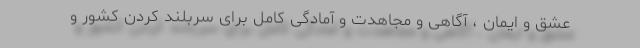
عشق و ایمان ، آگاهی و مجاهدت و آمادگی کامل برای سربلند کردن کشور و